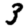
Digit: 3